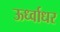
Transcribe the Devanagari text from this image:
ऊर्ध्‍वाधर